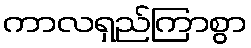
ကာလရှည်ကြာစွာ